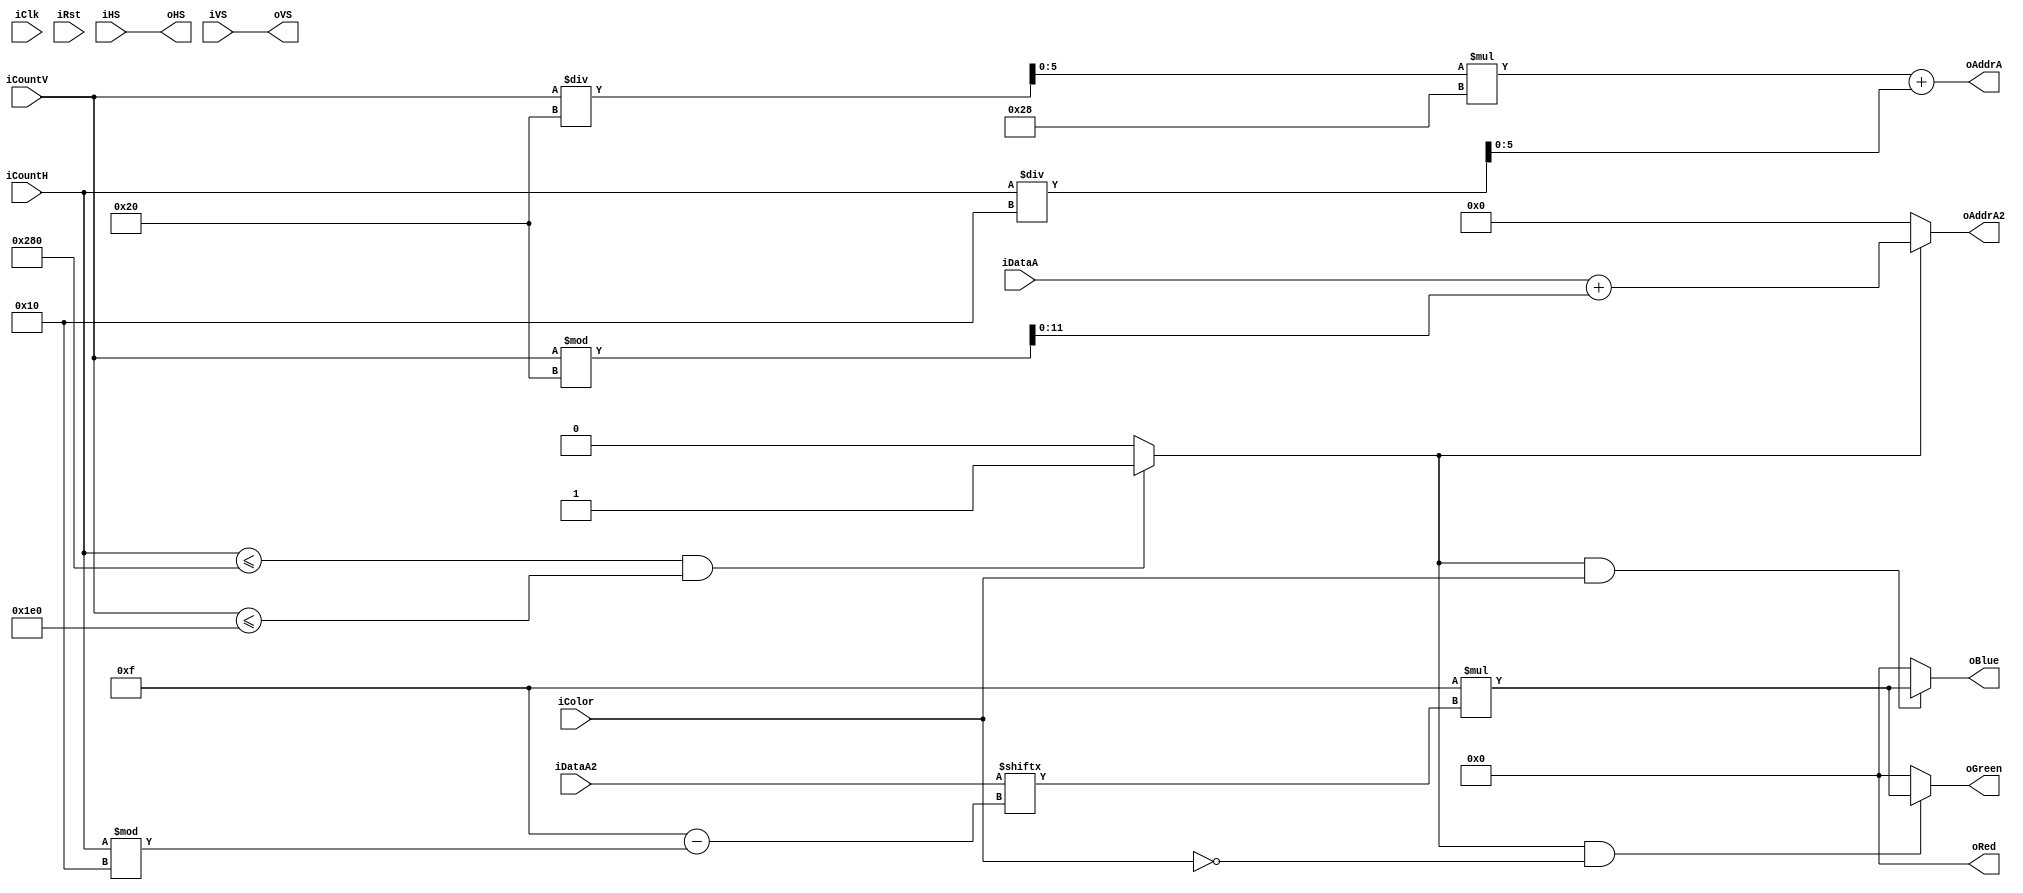
`timescale 1ns / 1ps
//////////////////////////////////////////////////////////////////////////////////
// Company:  GroupT
// 
// Design Name: VGA Pattern
// Module Name: VGA_pattern
// Project Name: VGA Pattern
// Target Devices: -
// Tool Versions: -
// Description: VGA Patterns is a combinatorial circuit that generates RGB
// signals for the VGA display. Based on the current position of the pixel
// (row + column) provided by the VGA timings module, it will decide which color
// pattern needs to be generated. For the active area region, this can be any
// 12-bit color. For the inactive area region (or blanking regions) this is
// required to be all zeroes
//
// Dependencies: -
// 
// Revision: -
// Revision 0.01 - File Created
// Additional Comments: -
// 
//////////////////////////////////////////////////////////////////////////////////


module VGA_pattern #(
    // Parameters Glossary:
    //
    // H_ = Horizontal
    // V_ = Vertical
    // 
    // _FP = Front Porch
    // _PW = Pulse Width
    // _BP = Back Protch
    //
    // Screen (Horizontal) pixel parameters
    // H total = 640 + 16 + 96 + 48 = 800
        parameter WIDTH = 640,
        parameter H_FP = 16,
        parameter H_PW = 96,
        parameter H_BP = 48,
    
    // Number of lines
    // V total = 480 + 10 + 2 + 33 = 525
        parameter HEIGHT = 480,
        parameter V_FP = 10,
        parameter V_PW = 2,
        parameter V_BP = 33
    )
    (
        input wire          iClk, iRst,
        
    //  Connection ScreenBufferMem output oDataA and VGA_pattern
        input wire  [11:0]  iDataA,
        
    //  Connection that receives the pixel bit lines from AsciiCharsMem memory
        input wire  [15:0]  iDataA2,
        
    // Incoming counter signals that keep track of the current position in the display. 
    // (the row and column for the current pixel)
        input  wire [9:0]   iCountH, iCountV,
        
    // iHS = Input Horizontal Sync
    // oVS = Intput Vertical Sync
        input wire         iHS, iVS,
    
    //  iColor = Input signal to change the color of the characters    
        input wire         iColor,
        
    // oHS = Output Horizontal Sync
    // oVS = Output Vertical Sync
        output wire         oHS, oVS,
        
    // 12 bits RGB signal (4 bits each)
        output wire [3:0]   oRed, oGreen, oBlue,
         
    // Previous connection to "hello_world.mem"
    // In the final project it connects to ScreenBufferMem
        output wire [9:0]   oAddrA,
        
    // Connection tho ASCII characters memory
        output wire [11:0]   oAddrA2
    );
    // Assign input sync to output sync
    assign oHS = iHS;
    assign oVS = iVS;

    // The Horizontal Counter (iCountH) and the Vertical Counter (iCountV) have been 
    // programed to go respectively up to 640 and 480 cycles, which are the drawing area
    // limits of our monitor.
    //
    // Here, the original counter values are being modified to help us internally remap 
    // the original resolution of the monitor (640x480) to simulate a grid of 40x15 cells. 
    // Each cell will be 16x32 pixels and will be able to hold a character. 
    // (Note that 640 = 40 cells x 16 pixels and 480 = 15 cells x 32 pixels).
    //
    // Note that the divisions by integers here work discarting the floating points,
    // so BlockH will be 0 until iCountH has counted 16 pixels, then it will be 1 until
    // iCount has counted 32 pixels. BlockV, in turn, will be 0 until iCountV has counted
    // 32 lines and so on...
    wire [5:0] BlockH = iCountH / 16; // 0 --> 39 unit grids
    wire [5:0] BlockV = iCountV / 32; // 0 --> 14 unit grids
    
    // oAddrA is the connection to ScreenBufferMem through iAddrA and it will ask
    // this simplified Dual-Port RAM to output the bit-value content stored at the line
    // with decimal number corresponding to oAddrA (0 --> 599).
    assign oAddrA = BlockV * 40 + BlockH;
    // This bit-value output will leave ScreenBufferMem through oDataA and be fed back
    // to VGA_pattern at iDataA. But what does iDataA contain?
    // It contains the start of the base address of a character at AsciiCharsMem memory.
    //
    // What is happening here is that we are picking this address iDataA and giving to oAdrrA2
    // which is connected to the AsciiCharsMem memory.
    // And we will keep doing so with the next 31 pixel bit lines of data. That is done using
    // the same Horizontal Counter (iCountH) and the Vertical Counter (iCountV).
    // check drawable limits
    wire LIM = (iCountH <= WIDTH && iCountV <= HEIGHT) ? 1 : 0;
    
    // We use iCountV % 32 here because the modulo operation here offers us a 0 to 31
    // that keeps looping and always happens to be zero when a new pixel row on the screen is 
    // displayed.
    assign oAddrA2 = (LIM)? iDataA + (iCountV % 32) : 0;
        
    // When oAddrA2 sends the start of the base address of a character to iAddr at AsciiCharsMem memory
    // That module will return back the bit-value content of that line. Every bit corresponds to a pixel
    // and if it if 1 it should be collored and if it is 0 it should be left blank.
    // (pixel bit lines)
    //
    // The logic we use here is similar to the pixel bit line loop counter (0-->31) but since we are
    // coloring the pixels from left to right and the characters are 16 pixels wide we use the indexing
    // [15 - (iCountH % 16)]

    assign oRed   = (LIM) ? 0: 0;
    assign oGreen = (LIM && ~iColor) ? 15 * (iDataA2[ 15 - (iCountH % 16) ]) : 0;
    assign oBlue  = (LIM && iColor) ? 15 * (iDataA2[ 15 - (iCountH % 16) ]) : 0;

endmodule